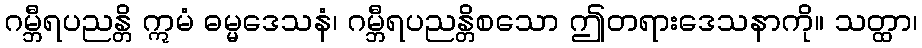
ဂမ္ဘီရပညန္တိ ဣမံ ဓမ္မဒေသနံ၊ ဂမ္ဘီရပညန္တိစသော ဤတရားဒေသနာကို။ သတ္ထာ၊